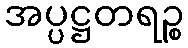
အပ္ပဋ္ဌတရဉ္စ